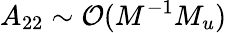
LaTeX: A_{22}\sim\mathcal{O}(M^{-1}M_{u})